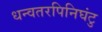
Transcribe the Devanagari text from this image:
धन्वतरपिनिघंटु